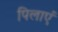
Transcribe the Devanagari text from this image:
पिलाएं